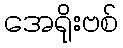
အေရိုးဗစ်